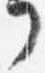
了